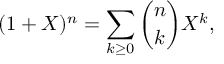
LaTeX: ( 1 + X ) ^ { n } = \sum _ { k \geq 0 } { \binom { n } { k } } X ^ { k } ,